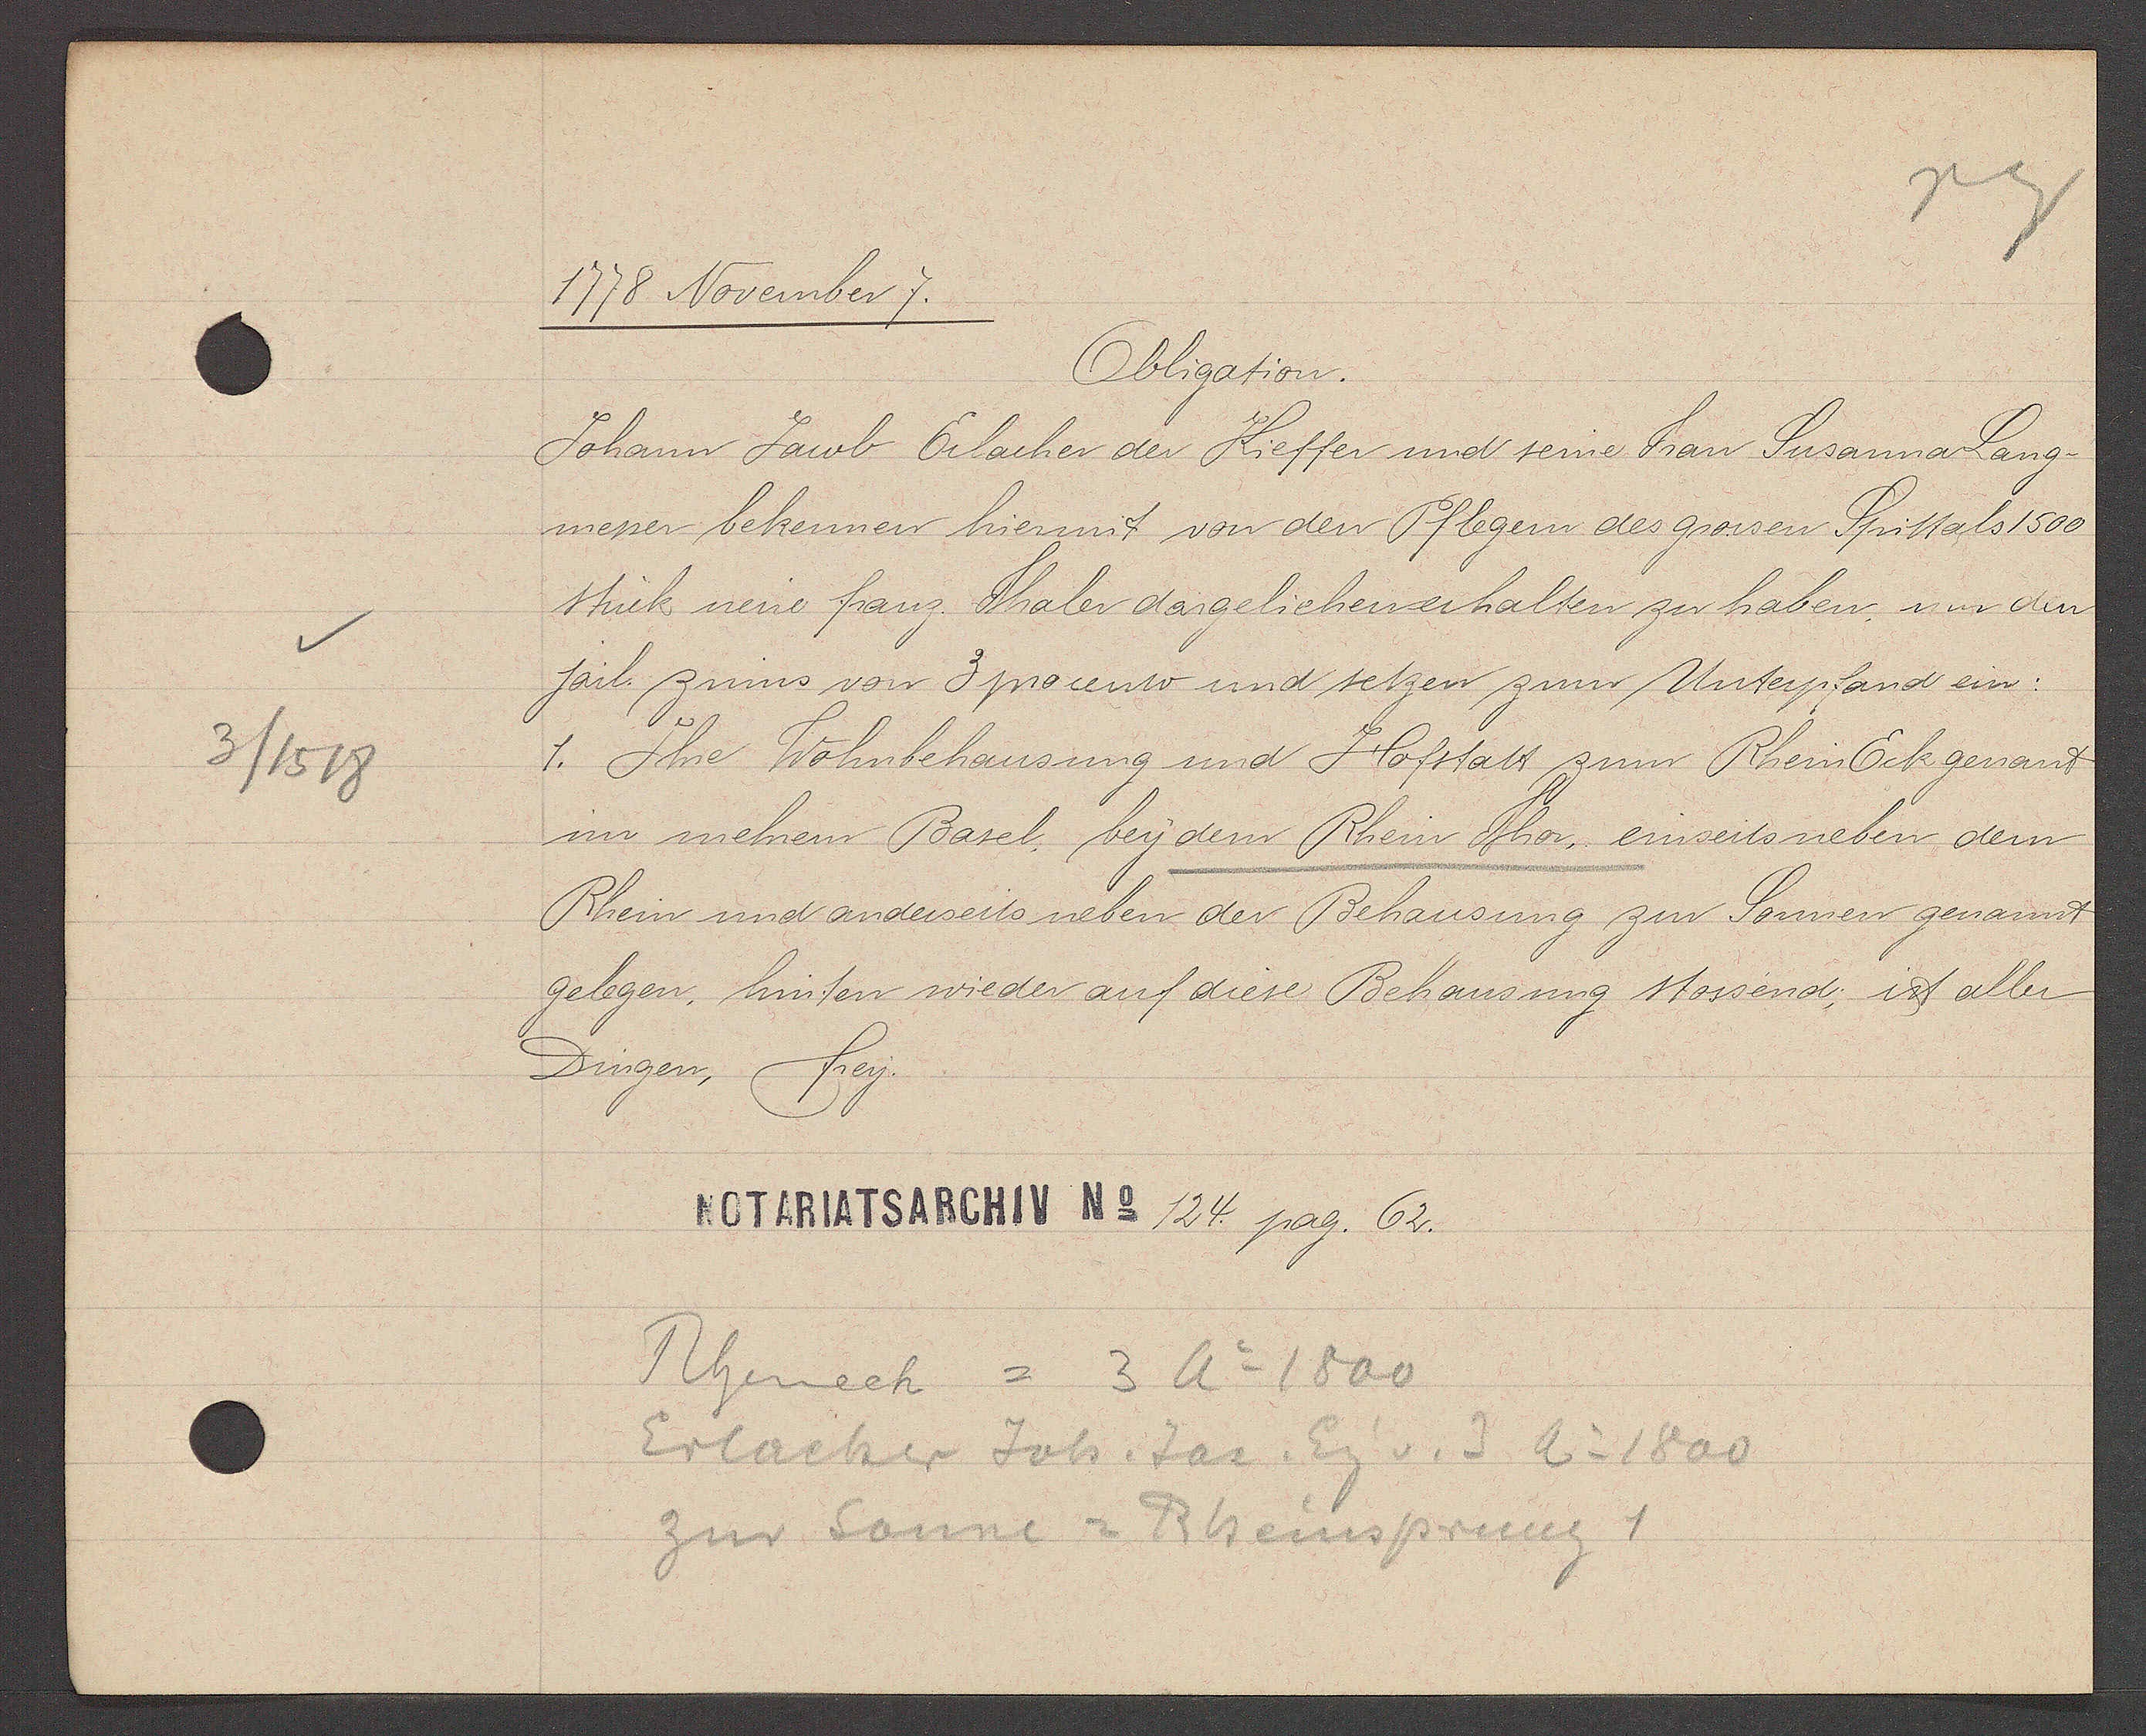
Transcript:
3 / 1518

1778 November 7.

Obligation.
Johann Jacob Erlacher der Kieffer und seine Frau Susanna Lang-
messer bekennen hiermit von den Pflegern des grossen Spittals 1500
stück neue franz. Thaler dargeliehen erhalten zu haben, nur der
järl. zinns von 3 procento und setzen zum Unterpfand ein:
1. Ihre Wohnbehausung und Hofstatt zum Rhein Eck genannt
im mehrern Basel, bey dem Rhein Thor einseits neben dem
Rhein und anderseits neben der Behausung zur Sonnen genannt
gelegen, hinten wieder auf diese Behausung stossend; ist aller
Dingen, frey.

Notariatsarchiv No. 124 pag. 62.

Rheinech = 3 Ao 1800
Erlacher Joh. Jac. Eig v. 3 Ao 1800
zur Sonne = Rheinsprung 1